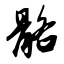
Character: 骼